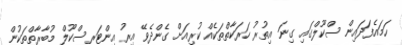
ހަމައެފަދައިން ސްކޫލްގައި ގިނަ އިތުރު ހަރަކާތްތަކެއް ކުރިއަށް ގެންދެވޭ އިރު އިންޓަރސްކޫލް މުބާރާތްތަކުން